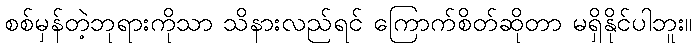
စစ်မှန်တဲ့ဘုရားကိုသာ သိနားလည်ရင် ကြောက်စိတ်ဆိုတာ မရှိနိုင်ပါဘူး။